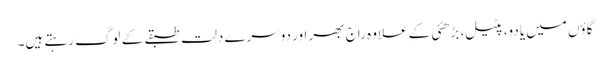
گاؤں میں یادو، پٹیل، بڑھئی کے علاوہ راج بھر اور دوسرے دلت طبقے کے لوگ رہتے ہیں۔